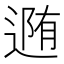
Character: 𨔳